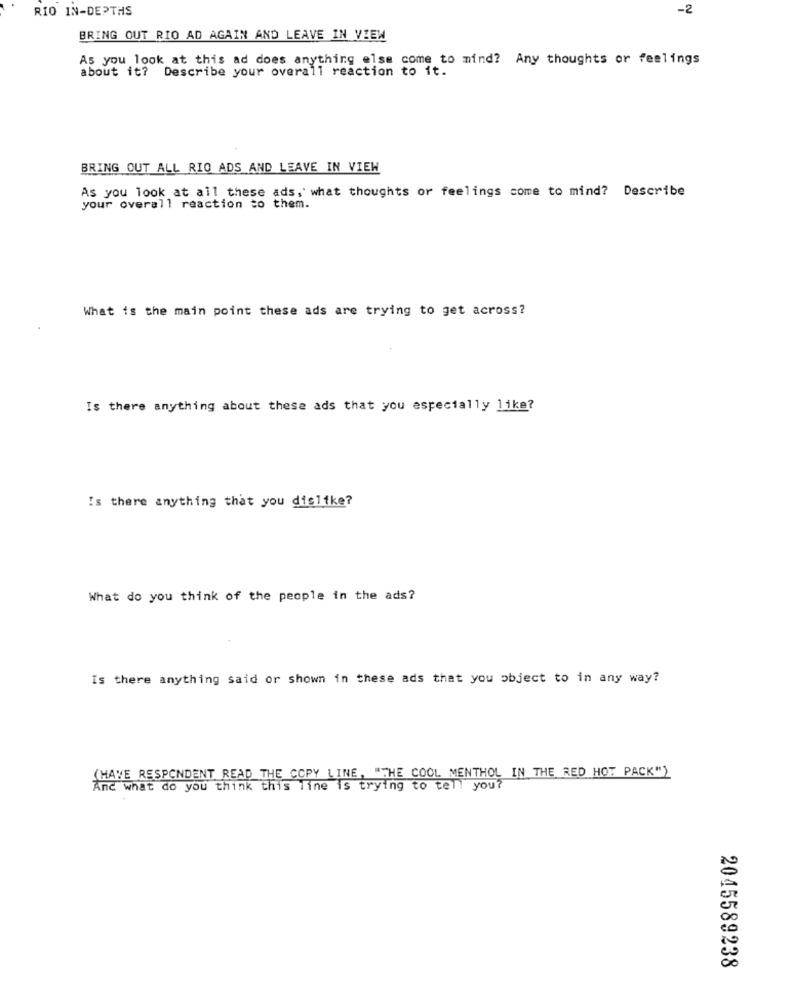
RIO IN-DEPTHS
-2
BRING OUT RIO AD AGAIN AND LEAVE IN VIEW
As you look at this ad does anything else come to mind? Any thoughts or feelings
about it? Describe your overall reaction to it.
BRING OUT ALL RIO ADS AND LEAVE IN VIEW
As you look at all these ads, what thoughts or feelings come to mind? Describe
your overall reaction to them.
What is the main point these ads are trying to get across?
Is there anything about these ads that you especially like?
Is there anything that you dislike?
What do you think of the people in the ads?
Is there anything said or shown in these ads that you object to in any way?
(HAVE RESPONDENT READ THE COPY LINE, "THE COOL MENTHOL IN THE RED HOT PACK")
And what do you think this line is trying to tell you?
2045589238